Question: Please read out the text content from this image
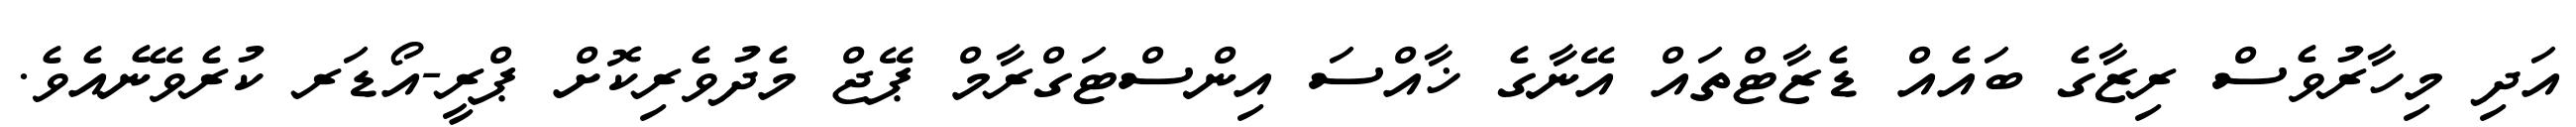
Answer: އަދި މިހާރުވެސް ރިޒާގެ ބައެއް ޑެޒާޓްތައް އޭނާގެ ޚާއްސަ އިންސްޓަގްރާމް ޕޭޖް މެދުވެރިކޮށް ޕްރީ-އޯޑަރ ކުރެވޭނެއެވެ.